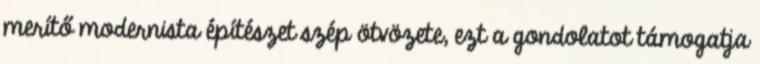
merítő modernista építészet szép ötvözete, ezt a gondolatot támogatja